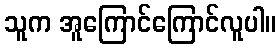
သူက အူကြောင်ကြောင်လူပါ။